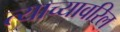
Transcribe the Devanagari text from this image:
त्याच्यावरिल